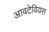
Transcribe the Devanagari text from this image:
आवटेवियस